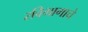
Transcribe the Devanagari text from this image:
रविभागाचे